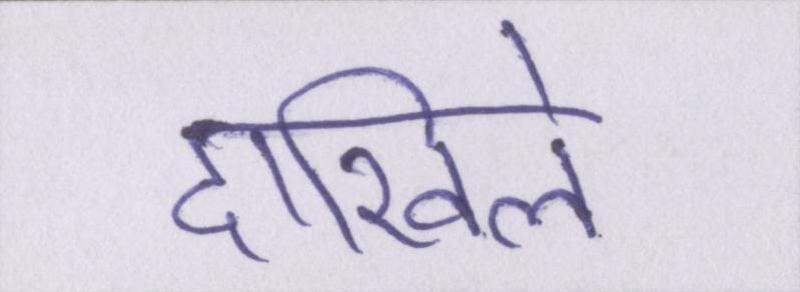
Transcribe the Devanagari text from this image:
दाखिले